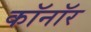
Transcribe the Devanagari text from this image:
कॉनॉर